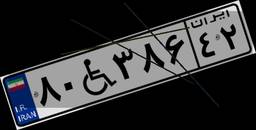
۷۰W۳۶۳۰۵